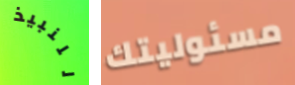
للنبيذ مسئوليتك